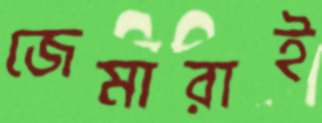
জেমারাই